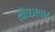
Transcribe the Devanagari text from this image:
स्‍वैच्‍छाचार